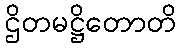
ဌိတမဋ္ဌိတောတိ